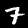
Digit: 7